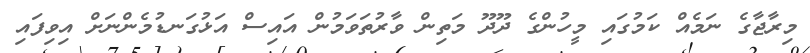
މިރާޖާގެ ނަމެއް ކަމުގައި މީހުންގެ ދޫދޫ މަތިން ވާރުތަވަމުން އައިސް އަޅުގަނޑުމެންނަށް އިވިފައި